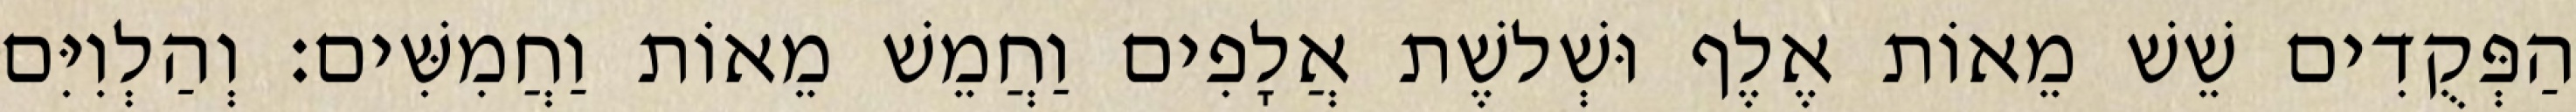
הַפְּקֻדִים שֵׁשׁ מֵאוֹת אֶלֶף וּשְׁלשֶׁת אֲלָפִים וַחֲמֵשׁ מֵאוֹת וַחֲמִשִּׁים׃ וְהַלְוִיִּם